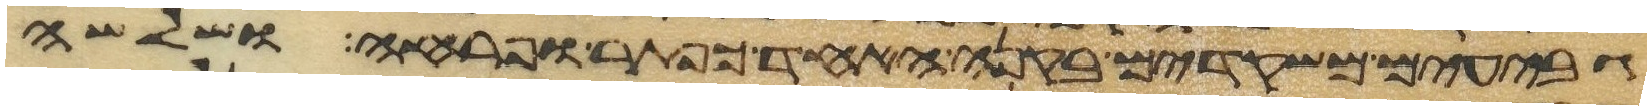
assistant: גבעים משקדים בקנה אחד כפתר ופרח ושלשה